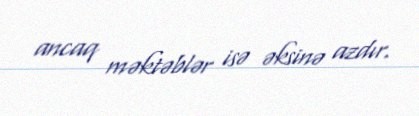
ancaq məktəblər isə əksinə azdır.